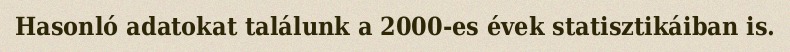
Hasonló adatokat találunk a 2000-es évek statisztikáiban is.